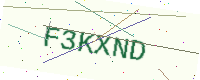
Text: F3KXND